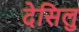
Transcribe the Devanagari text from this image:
देसिलु